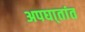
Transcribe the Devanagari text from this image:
अपघा्तांत